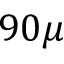
9 0 \mu